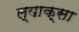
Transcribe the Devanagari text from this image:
ल्याक्सा